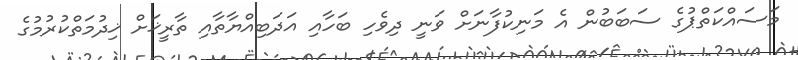
މަސައްކަތްޕުގެ ސަބަބުން އެ މަނިކުފާނަށް ވަނީ ދިވެހި ބަހާއި އަދަބިއްޔާތާއި ތާރީޚަށް ޚިދުމަތްކުރުމުގެ